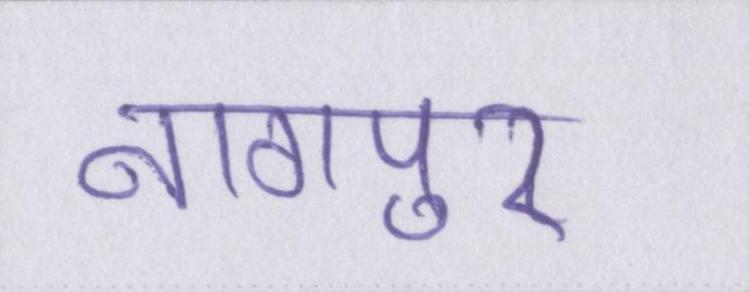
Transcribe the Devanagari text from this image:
नागपुर